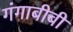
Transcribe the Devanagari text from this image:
गंगाबीबी